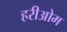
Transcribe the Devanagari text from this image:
हरीओम